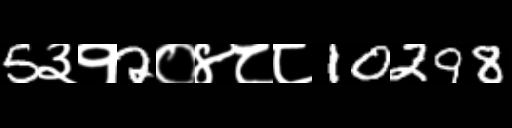
Text: 5३१2०४८८10298